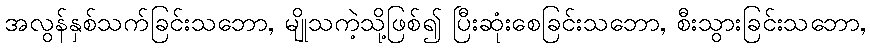
အလွန်နှစ်သက်ခြင်းသဘော, မျိုသကဲ့သို့ဖြစ်၍ ပြီးဆုံးစေခြင်းသဘော, စီးသွားခြင်းသဘော,